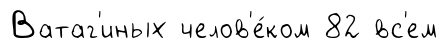
Ватаг'иных челов'е́ком 82 вс'ем